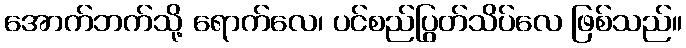
အောက်ဘက်သို့ ရောက်လေ၊ ပင်စည်ပြွတ်သိပ်လေ ဖြစ်သည်။